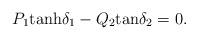
LaTeX: \begin{align*}P_1{\rm tanh}\delta_1 - Q_2{\rm tan}\delta_2 = 0. \end{align*}